Vaccination in Bombay 1913-1923 - 1913-1923
Year: 1913
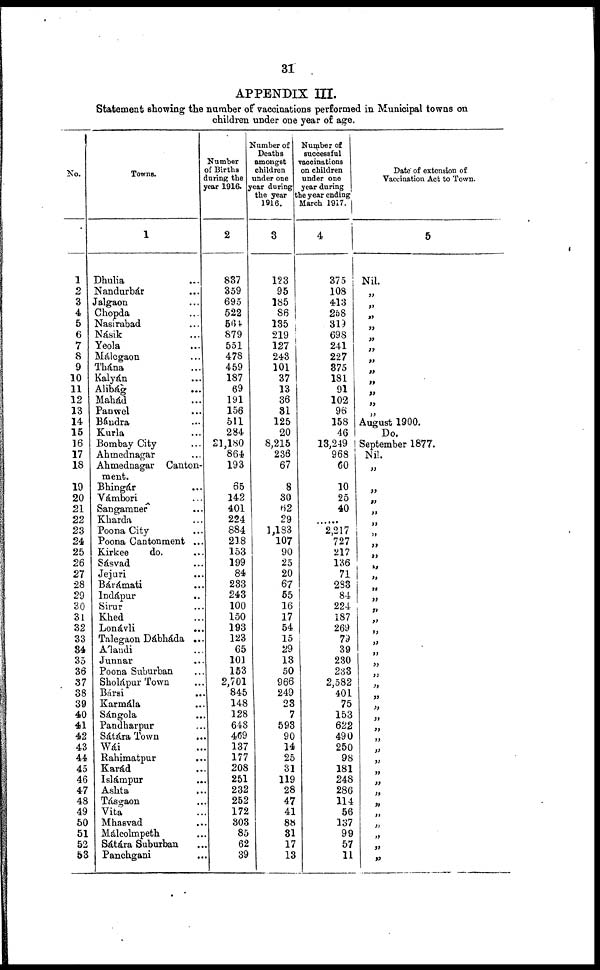
31
APPENDIX III.
Statement showing the number of vaccinations performed in Municipal towns on
children under one year of age.
No.
1
2
3
4
5
6
7
8
9
10
11
12
13
14
15
16
17
18
19
20
21
22
23
24
25
26
27
28
29
30
31
32
33
34
35
36
37
38
39
40
41
42
43
44
45
46
47
48
49
50
51
52
53
Towns.
1
Dhulia ...
Nandurbár ...
Jalgaon ...
Chopda
Nasirabad ...
Násik ...
Yeola ...
Málegaon ...
Thána ...
Kalyán ...
Alibág
...
Mahád ...
Panwel ...
Bándra ...
Kurla ...
Bombay City ...
Ahmednagar ...
Ahmednagar Canton-
ment.
Bhingár ...
Vámbori ...
Sangamner ...
Kharda ...
Poona City ...
Poona Cantonment ...
Kirkee
do. ...
Sásvad ...
Jejuri ...
Bárámati ...
Indápur ...
Sirur ...
Khed ...
Lonávli ...
Talegaon Dábháda ...
Álandi ...
Junnar ...
Poona Suburban ...
Sholápur Town ...
Bársi ...
Karmála ...
Sángola
...
Pandharpur ...
Sátára Town ...
Wái ...
Rahimatpur ...
Karád ...
Islámpur ...
Ashta ...
Tásgaon ...
Vita ...
Mhasvad ...
Málcolmpeth ...
Sátára Suburban ...
Panchgani ...
Number
of Births
during the
year 1916.
2
837
359
695
522
564
879
551
478
459
187
69
191
156
511
284
21,180
864
193
65
142
401
224
884
218
153
199
84
233
243
100
150
193
123
65
101
153
2,701
845
148
128
648
469
137
177
208
251
232
252
172
303
85
62
39
Number of
Deaths
amongst
children
under one
year during
the year
1916.
3
123
95
185
86
135
219
127
243
101
37
13
36
31
125
20
8,215
236
67
8
30
62
29
1,183
107
90
25
20
67
55
16
17
54
15
29
13
50
966
249
23
7
593
90
14
25
31
119
28
47
41
88
31
17
13
Number of
successful
vaccinations
on children
under one
year during
the year ending
March 1917.
4
375
108
413
258
319
698
241
227
375
181
91
102
96
158
46
13,249
968
60
10
25
40
......
2,217
727
217
136
71
283
84
224
187
269
79
39
230
233
2,582
401
75
153
622
490
250
98
181
248
286
114
56
137
99
57
11
Date of extension of
Vaccination Act to Town.
5
Nil.
„
„
„
„
„
„
„
„
„
„
„
„
August 1900.
Do.
September 1877.
Nil.
„
„
„
„
„
„
„
„
„
„
„
„
„
„
„
„
„
„
„
„
„
„
„
„
„
„
„
„
„
„
„
„
„
„
„
„